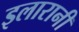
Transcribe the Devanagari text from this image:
इलारानी